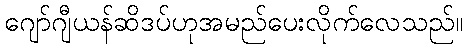
ဂျော်ဂျီယန်ဆိဒပ်ဟုအမည်ပေးလိုက်လေသည်။